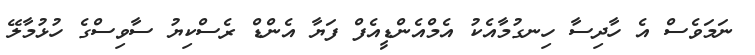
ނަމަވެސް އެ ހާދިސާ ހިނގުމާއެކު އެމްއެންޑީއެފް ފަޔާ އެންޑް ރެސްކިޔު ސާވިސްގެ ހުޅުމާލޭ